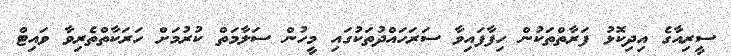
ސީރިއާގެ އިދިކޮޅު ފަރާތްތަކުން ހިފާފައިވާ ސަރަހައްދުތަކުގައި މީހުން ސަލާމަތްް ކުރުމަށް ހަރަކާތްތެރިވާ ވައިޓް